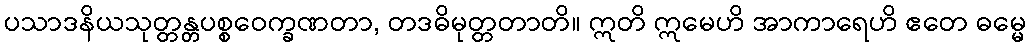
ပသာဒနိယသုတ္တန္တပစ္စဝေက္ခဏတာ, တဒဓိမုတ္တတာတိ။ ဣတိ ဣမေဟိ အာကာရေဟိ ဧတေ ဓမ္မေ